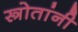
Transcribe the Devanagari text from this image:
स्त्रोतांनी